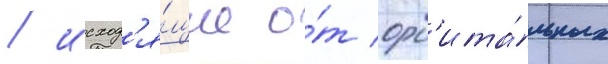
/ исход'я́щие о́т орб'ита́льных